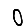
Digit: 0